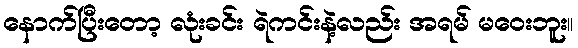
နောက်ပြီးတော့ လုံးခင်း ရဲကင်းနဲ့လည်း အရမ် မဝေးဘူး။